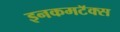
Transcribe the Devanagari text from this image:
इनकमटॅक्स